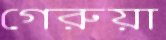
গেরুয়া